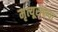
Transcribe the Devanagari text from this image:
मृत्यूसंख्या